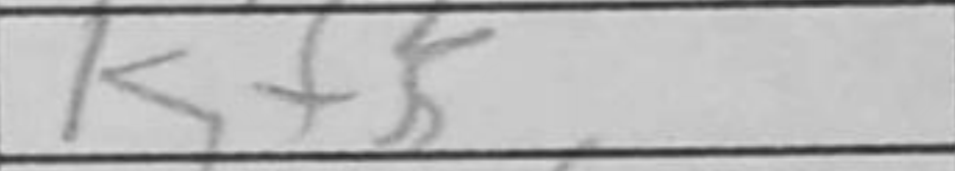
Transcription: Kf5